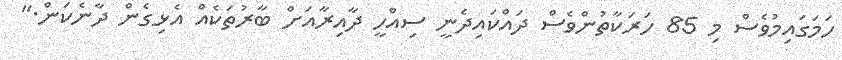
ހަމަގައިމުވެސް މި 85 ހަރަކާތުންވެސް ދައްކައިދެނީ ސިއްހީ ދާއިރާއަށް ބާރުތަކެއް އެޅިގެން ދާނެކަން."